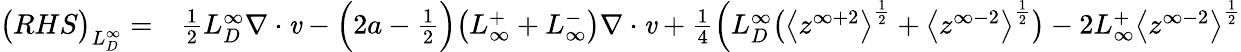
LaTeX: \begin{array}{rl}{\big(RHS\big)_{L_{D}^{\infty}}=}&{{}\frac{1}{2}L_{D}^{\infty}\mathbf{\nabla}\cdot\textbf{\emph{v}}-\Big(2a-\frac{1}{2}\Big)\big(L_{\infty}^{+}+L_{\infty}^{-}\big)\mathbf{\nabla}\cdot\textbf{\emph{v}}+\frac{1}{4}\Big(L_{D}^{\infty}\big(\big<z^{\infty+2}\big>^{\frac{1}{2}}+\big<z^{\infty-2}\big>^{\frac{1}{2}}\big)-2L_{\infty}^{+}\big<z^{\infty-2}\big>^{\frac{1}{2}}}\end{array}